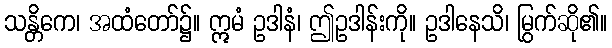
သန္တိကေ၊ အထံတော်၌။ ဣမံ ဥဒါနံ၊ ဤဥဒါန်းကို။ ဥဒါနေသိ၊ မြွက်ဆို၏။